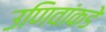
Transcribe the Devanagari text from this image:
उणिवांकडे